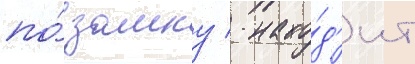
по́ замку / нахо́д'ит